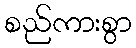
စည်ကားစွာ